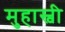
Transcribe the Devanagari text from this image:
मुहास्वी